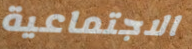
الاجتماعية